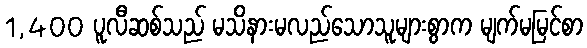
1,400 ပူလီဆစ်သည် မသိနားမလည်သောသူများစွာက မျက်မမြင်စာ